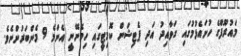
މައުރޫފްގެ ހުށައެޅުމުގައި ގަވާއިދު އަދި ޕެޓިޝަން ކޮމިޓީގައި ހިމެނޭނީ އެންމެ 9 މެންބަރުންނެވެ.